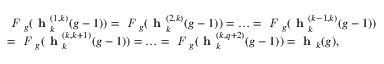
\begin{array} { r l } & { \emph { F } _ { g } ( \textbf { h } _ { k } ^ { ( 1 , k ) } ( g - 1 ) ) = \emph { F } _ { g } ( \textbf { h } _ { k } ^ { ( 2 , k ) } ( g - 1 ) ) = \ldots = \emph { F } _ { g } ( \textbf { h } _ { k } ^ { ( k - 1 , k ) } ( g - 1 ) ) } \\ & { = \emph { F } _ { g } ( \textbf { h } _ { k } ^ { ( k , k + 1 ) } ( g - 1 ) ) = \ldots = \emph { F } _ { g } ( \textbf { h } _ { k } ^ { ( k , q + 2 ) } ( g - 1 ) ) = \textbf { h } _ { k } ( g ) , } \end{array}